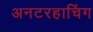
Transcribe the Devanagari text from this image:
अनटरहाचिंग